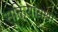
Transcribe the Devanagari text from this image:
सूक्तियांयथा